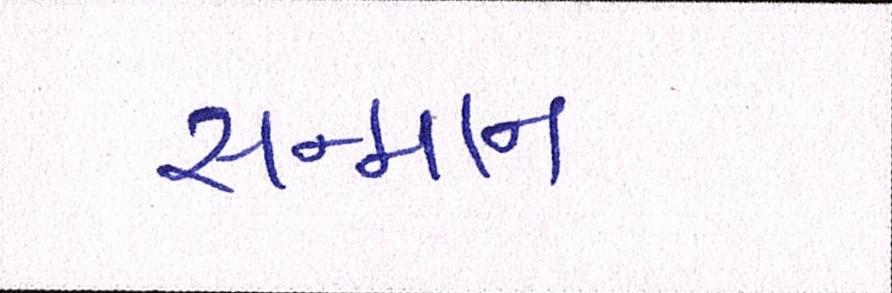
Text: સન્માન